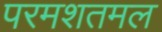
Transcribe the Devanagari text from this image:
परमशतमल